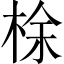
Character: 梌